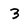
Character: 3